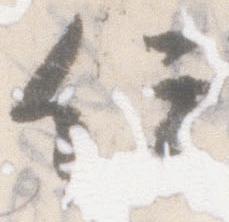
任